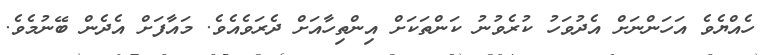
ހެއްޔެވެ އަހަންނަށް އެދުވަހު ކުރެވުނު ކަންތަކަށް އިންތިހާއަށް ދެރަވެއެވެ. މައާފަށް އެދެން ބޭނުމެވެ.